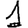
Digit: 1